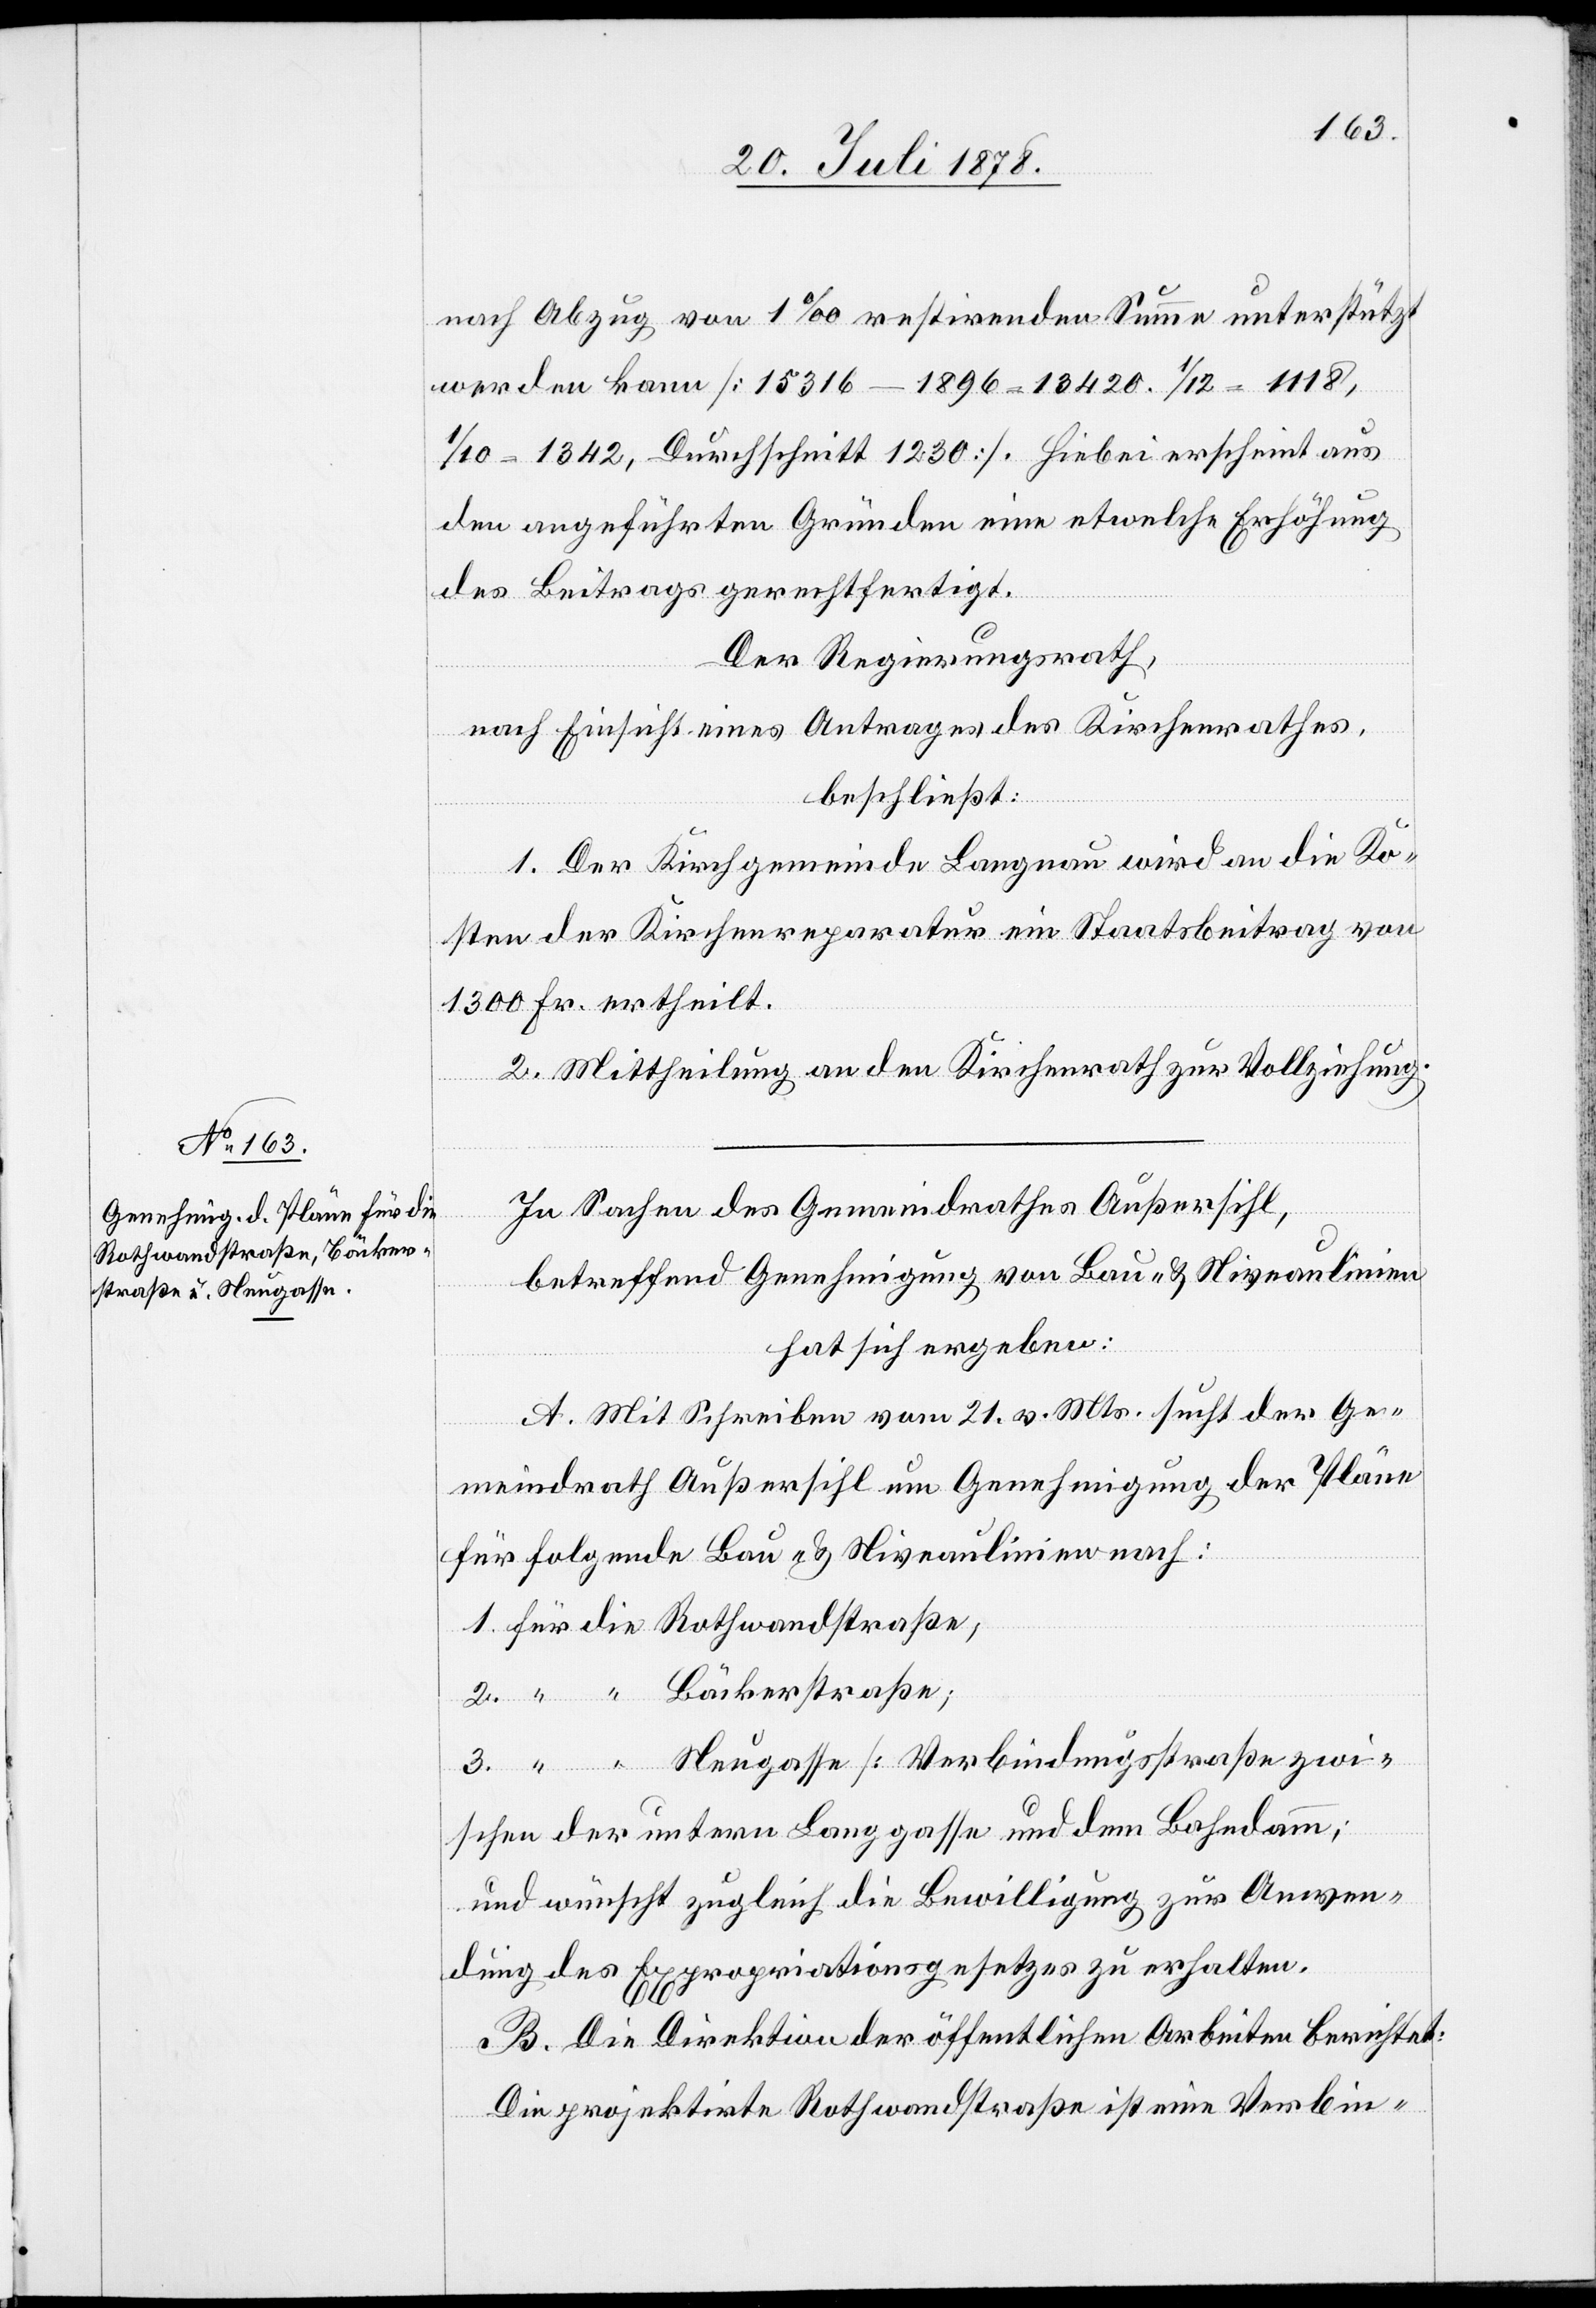
nach Abzug von 1‰ restirenden Summe unterstützt
werden kann [15316 – 1896 = 13420. 1/12 = 1118,
= 1342, Durchschnitt 1230]. Hiebei erscheint aus
den angeführten Gründen eine etwelche Erhöhung
des Beitrags gerechtfertigt.
Der Regierungsrath,
nach Einsicht eines Antrages des Kirchenrathes,
beschließt:
1. Der Kirchgemeinde Langnau wird an die Ko¬
sten der Kirchenreparatur ein Staatsbeitrag von
1300 Fr. ertheilt.
2. Mittheilung an den Kirchenrath zur Vollziehung.
In Sachen des Gemeindrathes Außersihl,
betreffend Genehmigung von Bau- & Niveaulinien
hat sich ergeben:
A. Mit Schreiben vom 21. v. Mts. sucht der Ge¬
meindrath Außersihl um Genehmigung der Pläne
für folgende Bau- & Niveaulinien nach:
1. für die Rothwandstraße;
2. “ “ Bäckerstraße;
3. “ “ Neugasse [Verbindungsstraße zwi¬
schen der untern Langgasse und dem Bahndamm;]
und wünscht zugleich die Bewilligung zur Anwen¬
dung des Expropriationsgesetzes zu erhalten.
B. Die Direktion der öffentlichen Arbeiten berichtet:
Die projektirte Rothwandstraße ist eine Verbin-